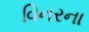
વિનરના